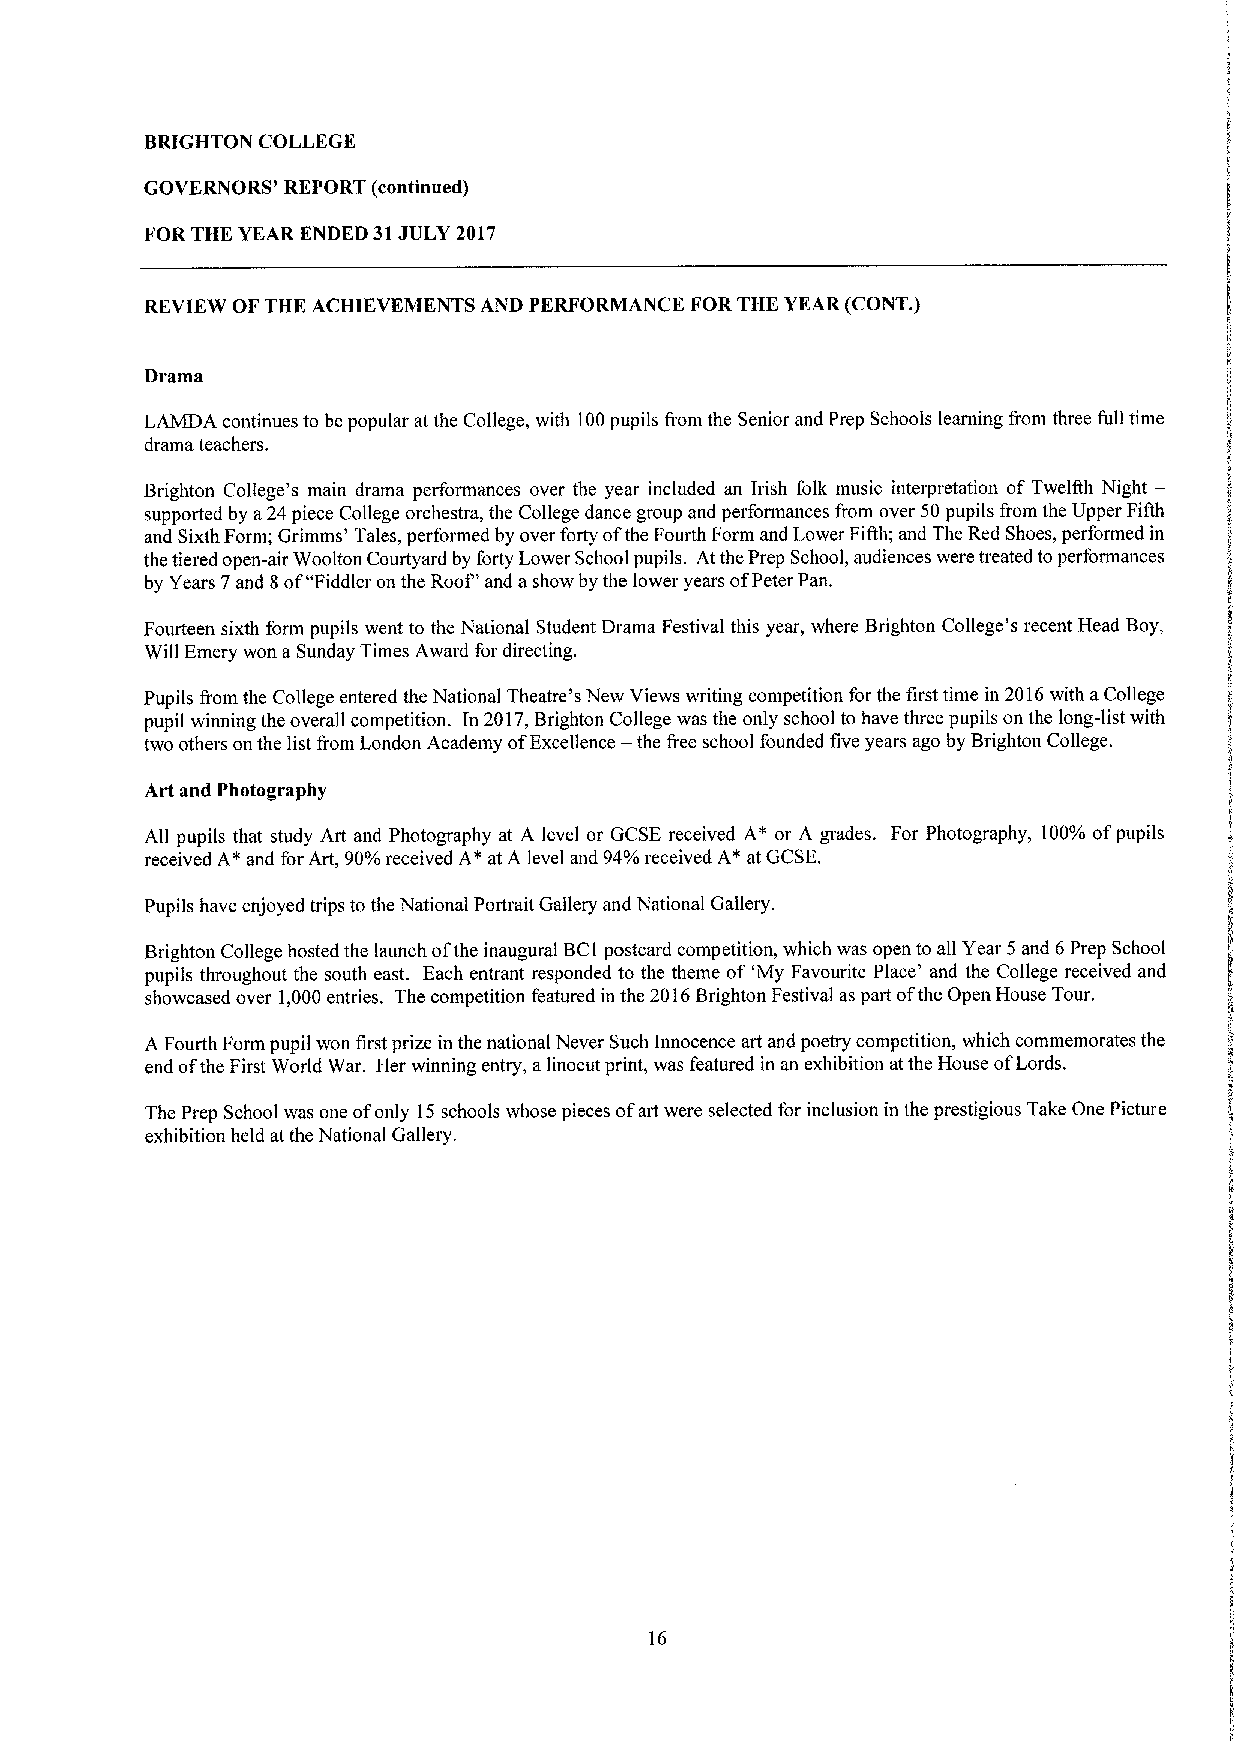
BRIGHTON COLLEGE
 GOVERNORS' REPORT (continued)
 FOR THE YEAR ENDED 31JULY 2017
 REVIEW OF THE ACHIEVEMENTS AND PERFORMANCE FOR THE YEAR(CONT.)
 Drama
 LAMDA continues to be popular at the College, with 100pupils from the Senior and Prep Schools learning from three full time
 drama teachers.
 Brighton College's main drama performances over the year included an Irish folk music interpretation of Twelfth Night—
 supported by a24piece College orchestra, the College dance group and performances from over 50pupils from the Upper Fifth
 and Sixth Form; Grimms' Tales, performed by over forty ofthe Fourth Form and Lower Fifth; and The Red Shoes, performed in
 the tiered open-air Woolton Courtyard by forty Lower School pupils. Atthe Prep School, audiences were treated toperformances
 by Years 7and 8of"Fiddler on the Roof' and a show by the lower years ofPeter Pan.
 Fourteen sixth form pupils went to the National Student Drama Festival this year, where Brighton College's recent Head Boy,
 Will Emery won a Sunday Times Award for directing.
 Pupils from the College entered the National Theatre's New Views writing competition for the first time in 2016with aCollege
 pupil winning the overall competition. In 2017,Brighton College was the only school to have three pupils on the long-list with
 two others on the list from London Academy ofExcellence — the free school founded five years ago by Brighton College.
 Art and Photography
 All pupils that study Art and Photography at A level or GCSE received A* or A grades. For Photography, 100%ofpupils
 received A*and forArt, 90%received A*at A level and 94%received A*at GCSE.
 Pupils have enjoyed trips to the National Portrait Gallery and National Gallery.
 Brighton College hosted the launch ofthe inaugural BC1postcard competition, which was open to all Year 5 and 6Prep School
 pupils throughout the south east. Each entrant responded to the theme of'My Favourite Place' and the College received and
 showcased over 1,000 entries. The competition featured in the 2016Brighton Festival as part ofthe Open House Tour.
 A Fourth Form pupil won first prize in the national Never Such Innocence art and poetry competition, which commemorates the
 end ofthe First World War. Her winning entry, alinocut print, was featured in an exhibition atthe House ofLords.
 The Prep School was one ofonly 15schools whose pieces ofart were selected for inclusion in the prestigious Take One Picture
 exhibition held atthe National Gallery.
 16